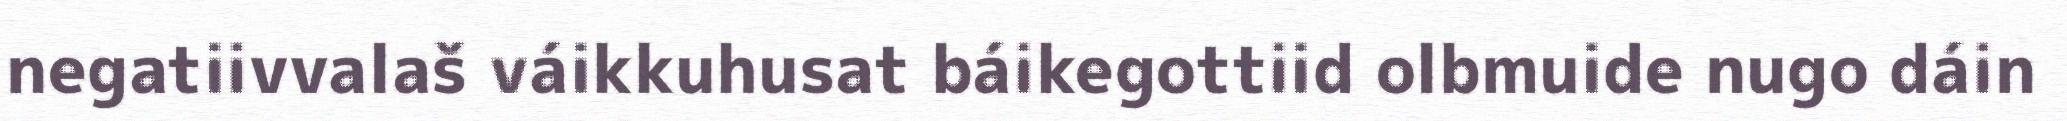
negatiivvalaš váikkuhusat báikegottiid olbmuide nugo dáin